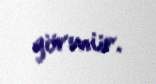
görmür.